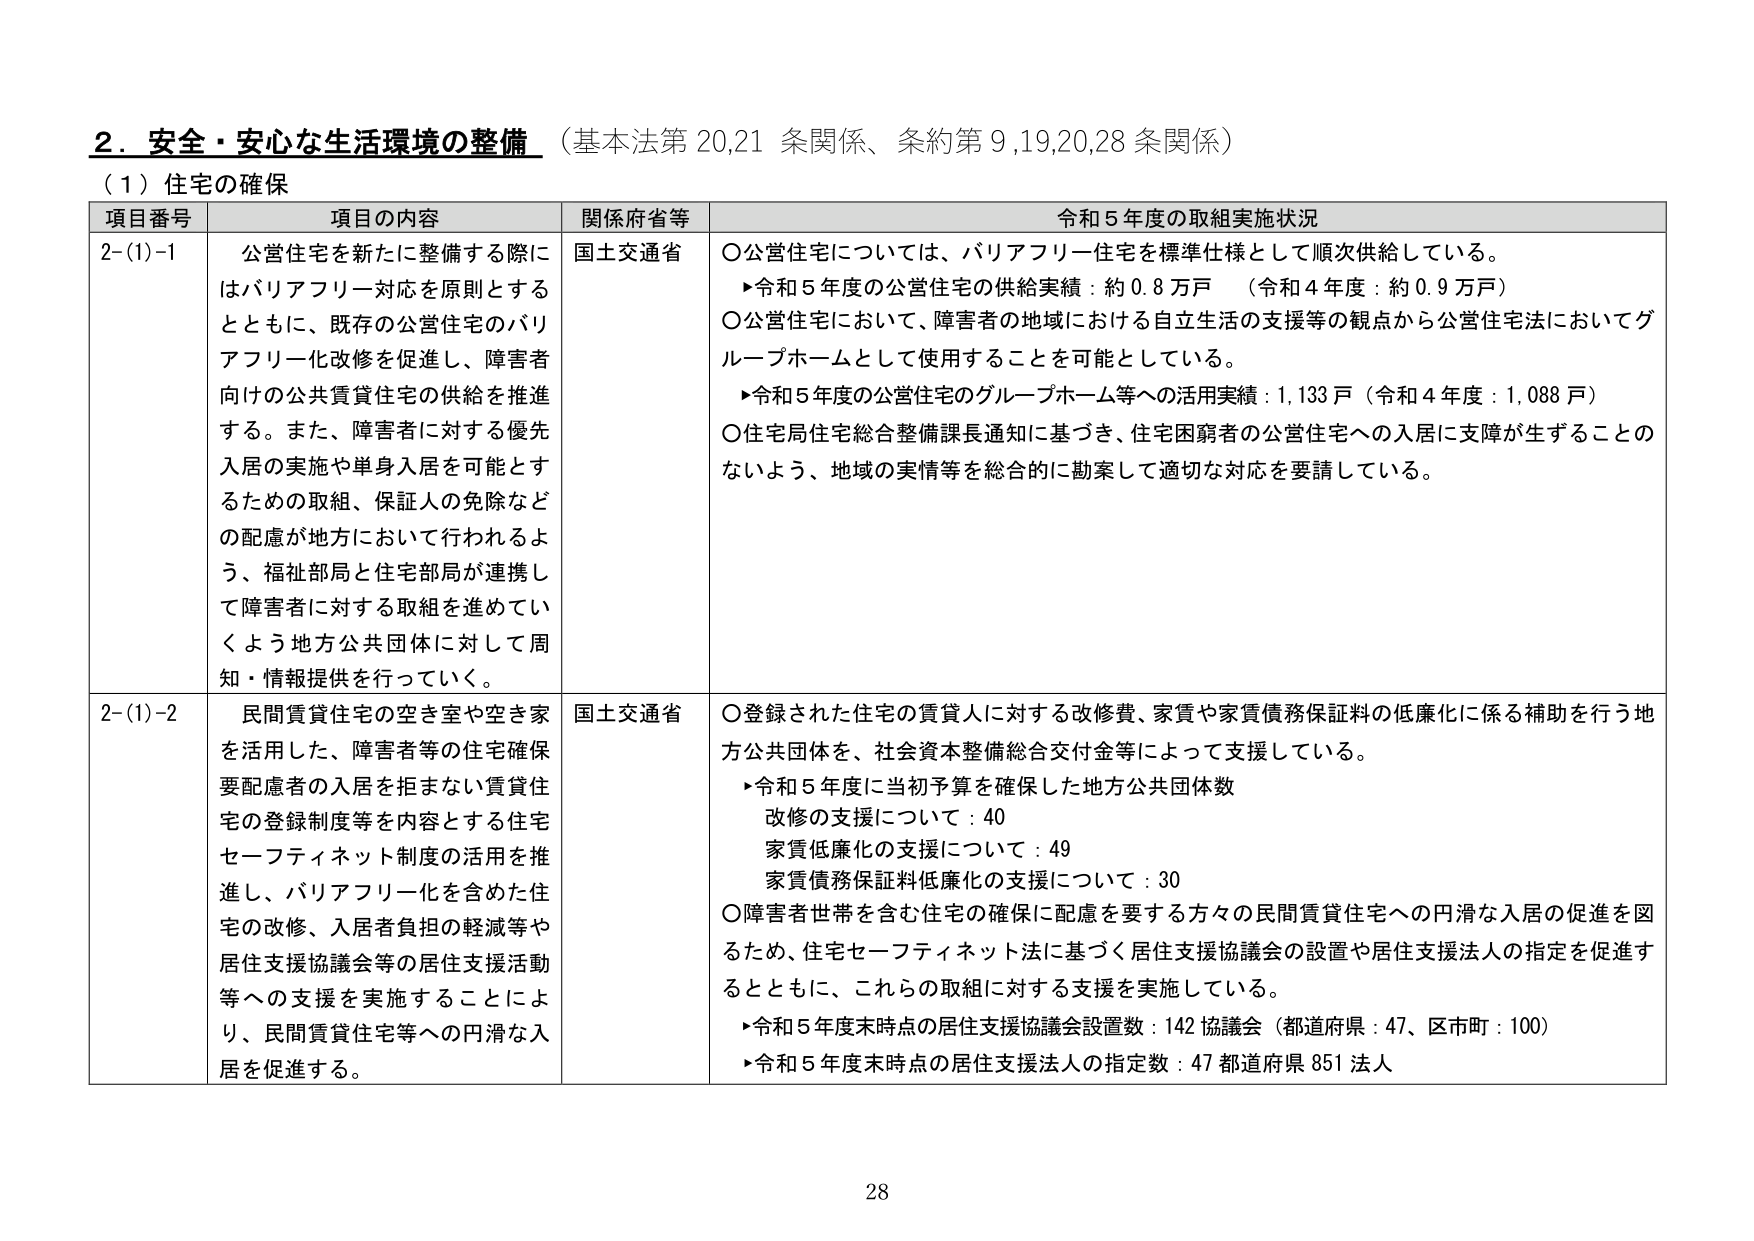
2．安全・安心な生活環境の整備（基本法第20,21条関係、条約第9,19,20,28条関係）
（1）住宅の確保

項目番号 項目の内容 関係府省等 令和5年度の取組実施状況

2-(1)-1 公営住宅を新たに整備する際にはバリアフリー対応を原則とするとともに、既存の公営住宅のバリアフリー化改修を促進し、障害者向けの公共賃貸住宅の供給を推進する。また、障害者に対する優先入居の実施や単身入居を可能とするための取組、保証人の免除などの配慮が地方において行われるよう、福祉部局と住宅部局が連携して障害者に対する取組を進めていくよう地方公共団体に対して周知・情報提供を行っていく。 国土交通省 ○公営住宅については、バリアフリー住宅を標準仕様として順次供給している。 ▶令和5年度の公営住宅の供給実績：約0.8万戸（令和4年度：約0.9万戸） ○公営住宅において、障害者の地域における自立生活の支援等の観点から公営住宅法においてグループホームとして使用することを可能としている。 ▶令和5年度の公営住宅のグループホーム等への活用実績：1,133戸（令和4年度：1,088戸） ○住宅局住宅総合整備課長通知に基づき、住宅困窮者の公営住宅への入居に支障が生ずることのないよう、地域の実情等を総合的に勘案して適切な対応を要請している。

2-(1)-2 民間賃貸住宅の空き室や空き家を活用した、障害者等の住宅確保要配慮者の入居を担まない賃貸住宅の登録制度等を内容とする住宅セーフティネット制度の活用を推進し、バリアフリー化を含めた住宅の改修、入居者負担の軽減等や居住支援協議会等の居住支援活動等への支援を実施することにより、民間賃貸住宅等への円滑な入居を促進する。 国土交通省 ○登録された住宅の賃貸人に対する改修費、家賃や家賃債務保証料の低廉化に係る補助を行う地方公共団体を、社会資本整備総合交付金等によって支援している。 ▶令和5年度に当初予算を確保した地方公共団体数 改修の支援について：40 家賃低廉化の支援について：49 家賃債務保証料低廉化の支援について：30 ○障害者世帯を含む住宅の確保に配慮を要する方々の民間賃貸住宅への円滑な入居の促進を図るため、住宅セーフティネット法に基づく居住支援協議会の設置や居住支援法人の指定を促進するとともに、これらの取組に対する支援を実施している。 ▶令和5年度末時点の居住支援協議会設置数：142協議会（都道府県：47、区市町：100） ▶令和5年度末時点の居住支援法人の指定数：47都道府県851法人

28